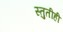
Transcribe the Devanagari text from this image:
स्तुतीही